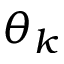
\theta _ { k }